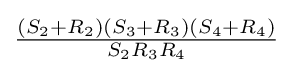
{\tfrac {(S_{2}+R_{2})(S_{3}+R_{3})(S_{4}+R_{4})}{S_{2}R_{3}R_{4}}}